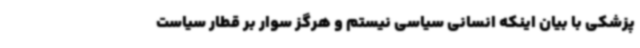
پزشکی با بیان اینکه انسانی سیاسی نیستم و هرگز سوار بر قطار سیاست